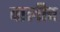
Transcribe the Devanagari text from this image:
पालीच